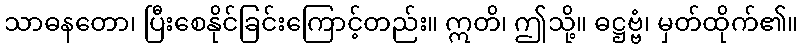
သာဓနတော၊ ပြီးစေနိုင်ခြင်းကြောင့်တည်း။ ဣတိ၊ ဤသို့။ ဓဋ္ဌဗ္ဗံ၊ မှတ်ထိုက်၏။